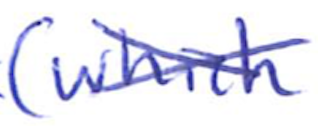
Text: (which
Cross-out: cross
Writing tool: ballpoint